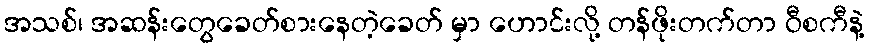
အသစ်၊ အဆန်းတွေခေတ်စားနေတဲ့ခေတ် မှာ ဟောင်းလို့ တန်ဖိုးတက်တာ ဝီစကီနဲ့